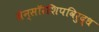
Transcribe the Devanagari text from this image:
सेन्सॉरशिपविरुद्ध